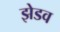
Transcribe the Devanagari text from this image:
झेडव